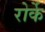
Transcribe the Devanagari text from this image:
रोर्के